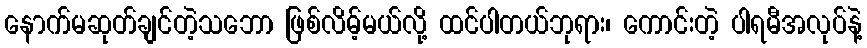
နောက်မဆုတ်ချင်တဲ့သဘော ဖြစ်လိမ့်မယ်လို့ ထင်ပါတယ်ဘုရား၊ ကောင်းတဲ့ ပါရမီအလုပ်နဲ့